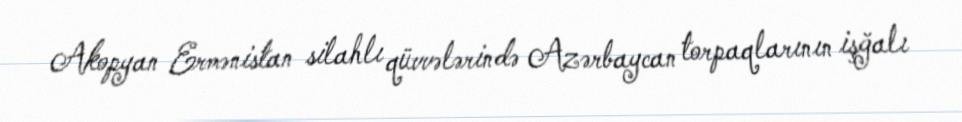
Akopyan Ermənistan silahlı qüvvələrində Azərbaycan torpaqlarının işğalı